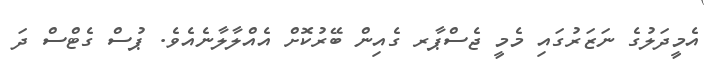
އެމީދަލުގެ ނަޒަރުގައި މެމީ ޖެސްޕާރ ގެއިން ބޭރުކޮށް އެއްލާލާނެއެވެ. ޕުސް ގެޓްސް ދަ